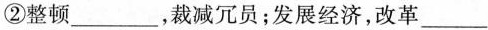
②整顿___，裁减冗员；发展经济，改革___